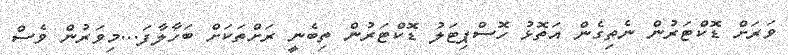
ވަރަށް ޑޮކްޓަރުން ނެތިގެން އަތޮޅު ހޮސްޕިޓަލު ޑޮކްޓަރުން ތިބެނީ ރަށްތަކަށް ބަހާލާފަ...މިވަރުން ވެސް